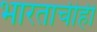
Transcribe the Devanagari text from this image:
भारताचीही